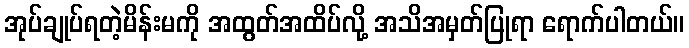
အုပ်ချုပ်ရတဲ့မိန်းမကို အထွတ်အထိပ်လို့ အသိအမှတ်ပြုရာ ရောက်ပါတယ်။